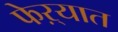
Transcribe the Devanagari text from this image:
फेऱ्यात